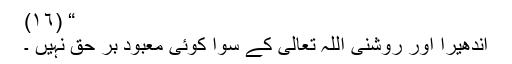
“ (١٦)
اندھیرا اور روشنی اللہ تعالیٰ کے سوا کوئی معبود بر حق نہیں ۔